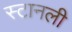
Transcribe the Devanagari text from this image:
स्टानली